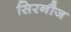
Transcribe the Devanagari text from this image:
सिरनौज